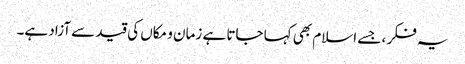
یہ فکر ، جسے اسلام بھی کہا جاتا ہے زمان و مکاں کی قید سے آزاد ہے۔